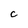
Character: C